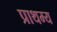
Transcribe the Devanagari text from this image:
प्राथम्य